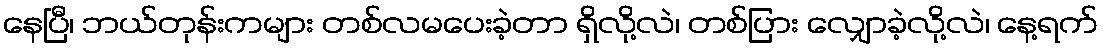
နေပြီ၊ ဘယ်တုန်းကများ တစ်လမပေးခဲ့တာ ရှိလို့လဲ၊ တစ်ပြား လျှောခဲ့လို့လဲ၊ နေ့ရက်